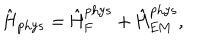
\hat { \mathrm { H } } _ { \mathrm { p h y s } } = \hat { \mathrm { H } } _ { \mathrm { F } } ^ { \mathrm { p h y s } } + \hat { \mathrm { H } } _ { \mathrm { E M } } ^ { \mathrm { p h y s } } ,